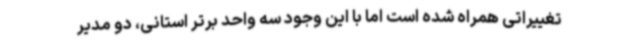
تغییراتی همراه شده است اما با این وجود سه واحد برتر استانی، دو مدیر